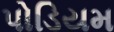
પોડિયમ